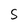
Character: S